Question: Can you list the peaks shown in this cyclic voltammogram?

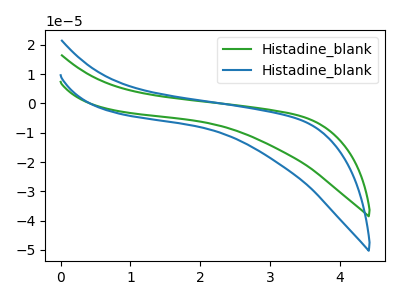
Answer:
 <answer>The green curve "Histadine_blank1" has no peaks. The blue curve "Histadine_blank2" has no peaks.</answer>
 <eval></eval>